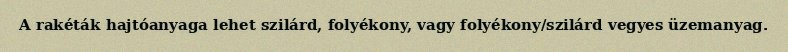
A rakéták hajtóanyaga lehet szilárd, folyékony, vagy folyékony/szilárd vegyes üzemanyag.